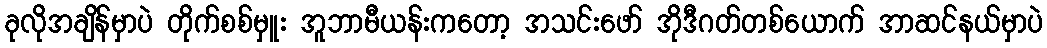
ခုလိုအချိန်မှာပဲ တိုက်စစ်မှူး အူဘာမီယန်းကတော့ အသင်းဖော် အိုဒီဂတ်တစ်ယောက် အာဆင်နယ်မှာပဲ